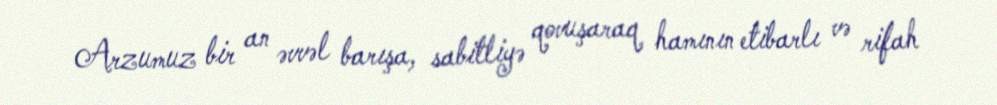
Arzumuz bir an əvvəl barışa, sabitliyə qovuşaraq hamının etibarlı və rifah